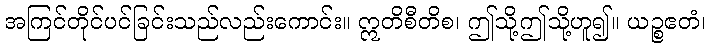
အကြင်တိုင်ပင်ခြင်းသည်လည်းကောင်း။ ဣတိစီတိစ၊ ဤသို့ဤသို့ဟူ၍။ ယဉ္စဧတံ၊